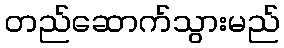
တည်ဆောက်သွားမည်